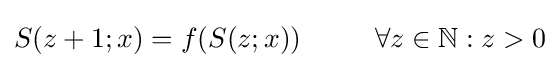
S(z+1;x)=f(S(z;x))~~~~~~~~\forall z\in \mathbb {N} :z>0